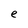
Character: e